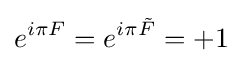
e^{i\pi F}=e^{i\pi {\tilde {F}}}=+1